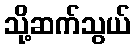
သို့ဆက်သွယ်